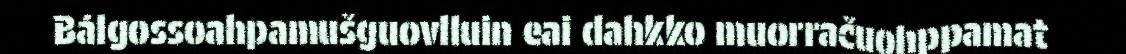
Bálgossoahpamušguovlluin eai dahkko muorračuohppamat